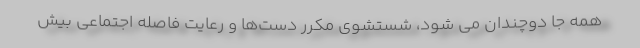
همه جا دوچندان می شود، شستشوی مکرر دست‌ها و رعایت فاصله اجتماعی بیش